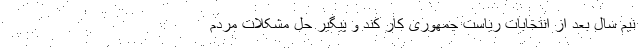
نیم سال بعد از انتخابات ریاست جمهوری کار کند و پیگیر حل مشکلات مردم